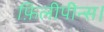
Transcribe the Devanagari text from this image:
फ़िलीपीन्स।